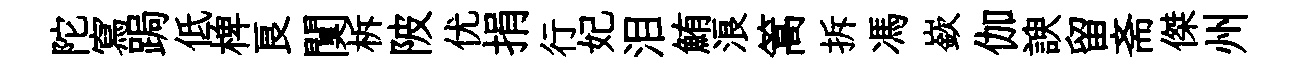
陀寫跼低椑良闃柝陂优捐行妃泪鮪浪篙拆馮嶔伽諛留斋傑州